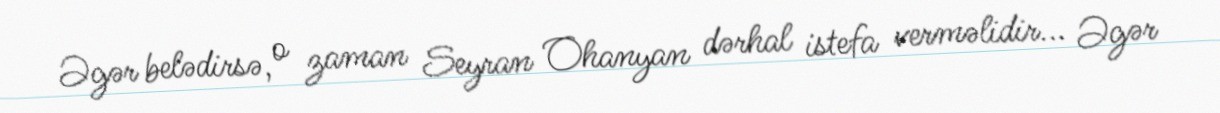
Əgər belədirsə, o zaman Seyran Ohanyan dərhal istefa verməlidir... Əgər